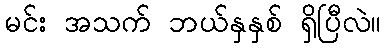
မင်း အသက် ဘယ်နှနှစ် ရှိပြီလဲ။